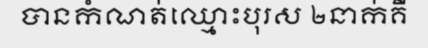
បានកំណត់ឈ្មោះបុរស ២នាក់គឺ